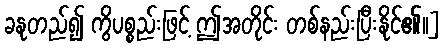
ခနုတည်၍ ကွိပစ္စည်းဖြင့် ဤအတိုင်း တစ်နည်းပြီးနိုင်၏၊၊]